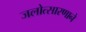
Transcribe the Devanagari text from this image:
जलोत्सारणाने